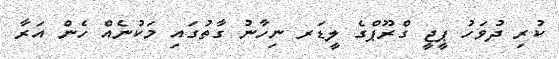
ކުރި ދުވަހު ޕީޖީ ގްރޫޕްގެ ލީޑަރ ނިހާނު ގާތުގައި މަކުނެއް ހެން އަރާ